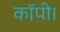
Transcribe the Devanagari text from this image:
कॉपी।